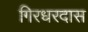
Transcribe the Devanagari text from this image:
गिरधरदास